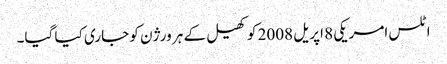
اٹلس امریکی 8 اپریل 2008 کو کھیل کے ہر ورژن کو جاری کیا گیا۔